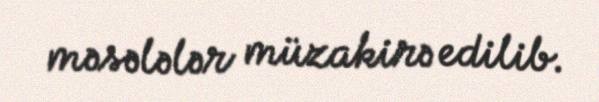
məsələlər müzakirə edilib.